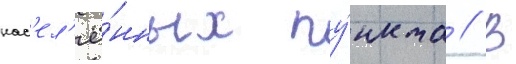
нас'ел'ё́нных пу́нкта // В